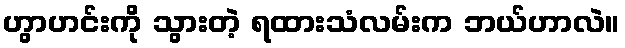
ဟွာဟင်းကို သွားတဲ့ ရထားသံလမ်းက ဘယ်ဟာလဲ။